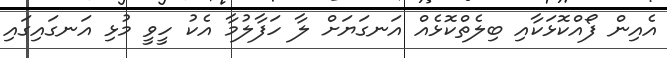
އެއިން ފޯއްކޮޅަކާއި ބިލެތްކޮޅެއް އަނގަޔަށް ލާ ހަފާލުމާ އެކު ހީވީ މުޅި އަނގައިގައި